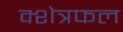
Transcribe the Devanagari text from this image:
क्शेत्रफल